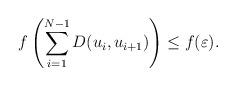
LaTeX: \begin{align*}f\left(\sum_{i=1}^{N-1} D(u_i,u_{i+1})\right)\leq f(\varepsilon).\end{align*}